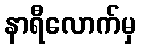
နာရီလောက်မှ